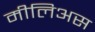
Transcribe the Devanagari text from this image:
मीलिअस